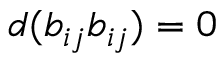
d ( b _ { i j } b _ { i j } ) = 0